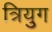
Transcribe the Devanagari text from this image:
त्रियुग